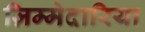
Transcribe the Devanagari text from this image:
ज़िम्मेदारिया